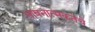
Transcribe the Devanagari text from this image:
भावनात्मकतेचे